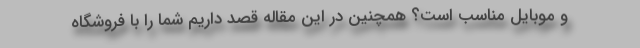
و موبایل مناسب است؟ همچنین در این مقاله قصد داریم شما را با فروشگاه